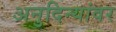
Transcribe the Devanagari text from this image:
अनुदिन्यांवर